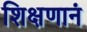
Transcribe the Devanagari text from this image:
शिक्षणानं